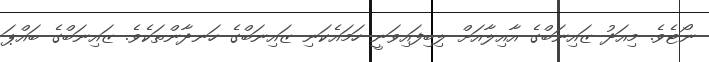
ނޯޓެވެ. މިއަދު ޒައިނަބްގެ އާއިލާއަށް ލިބިފައިވަނީ ހަމައެކަނި ޒައިނަބްގެ ހަނދާންތަކެވެ. ޒައިނަބްގެ ބައްޕަ